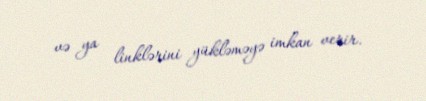
və ya linklərini yükləməyə imkan verir.